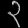
Digit: ၃